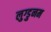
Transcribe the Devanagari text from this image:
लुग्डुनम